Report of the Municipal Commissioner on the plague in Bombay for the year ending 31st May... - Volume 3
Disease focus: Plague
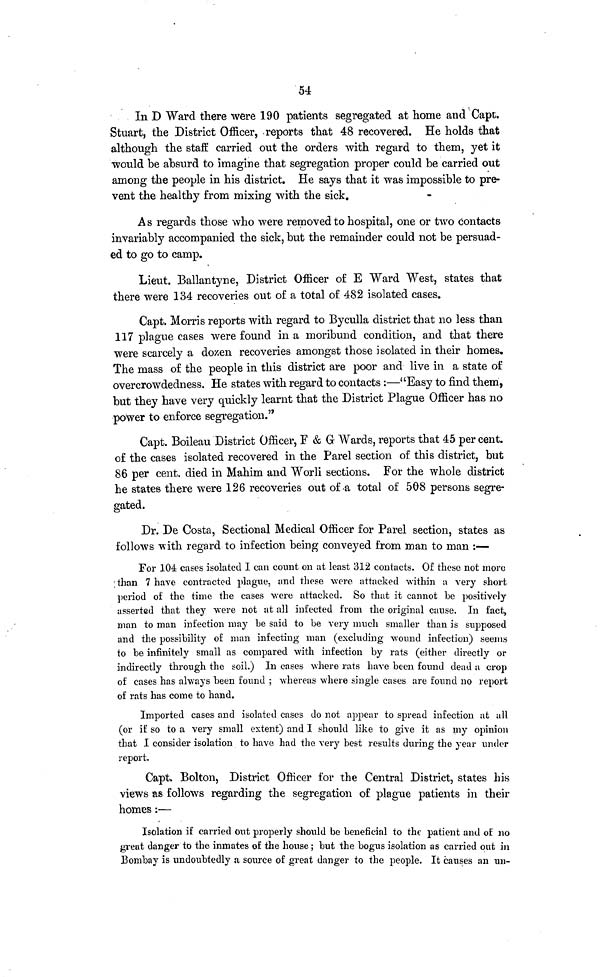
54
In D Ward there were 190 patients segregated at home and Capt.
Stuart, the District Officer, reports that 48 recovered. He holds that
although the staff carried out the orders with regard to them, yet it
would be absurd to imagine that segregation proper could be carried out
among the people in his district. He says that it was impossible to pre-
vent the healthy from mixing with the sick.
As regards those who were removed to hospital, one or two contacts
invariably accompanied the sick, but the remainder could not be persuad-
ed to go to camp.
Lieut. Ballantyne, District Officer of E Ward West, states that
there were 134 recoveries out of a total of 482 isolated cases.
Capt, Morris reports with regard to Byculla district that no less than
117 plague cases were found in a moribund condition, and that there
were scarcely a dozen recoveries amongst those isolated in their homes.
The mass of the people in this district are poor and live in a state of
overcrowdedness. He states with regard to contacts :—"Easy to find them,
but they have very quickly learnt that the District Plague Officer has no
power to enforce segregation."
Capt. Boileau District Officer, F & G Wards, reports that 45 per cent.
of the cases isolated recovered in the Parel section of this district, but
86 per cent. died in Mahim and Worli sections. For the whole district
he states there were 126 recoveries out of a total of 508 persons segre-
gated.
Dr. De Costa, Sectional Medical Officer for Parel section, states as
follows with regard to infection being conveyed from man to man :—
For 104 cases isolated I can count on at least 312 contacts. Of these not more
than 7 have contracted plague, and these were attacked within a very short
period of: the time the cases were attacked. So that it cannot be positively
asserted that they were not at all infected from the original cause. In fact,
man to man infection may he said to be very much smaller than is supposed
and the possibility of man infecting man (excluding wound infection) seems
to be infinitely small as compared with infection by rats (either directly or
indirectly through the soil.) In cases where rats have been found dead a crop
of cases has always been found ; whereas where single cases are found no report
of rats has come to hand.
Imported cases and isolated cases do not appear to spread infection at all
(or if so to a very small extent) and I should like to give it as my opinion
that I consider isolation to have had the very best results during the year under
report.
Capt. Bolton, District Officer for the Central District, states his
views as follows regarding the segregation of plague patients in their
homes :—
Isolation if carried out properly should be beneficial to the patient and of no
great danger to the inmates of the house ; but the bogus isolation as carried out in
Bombay is undoubtedly a source of great danger to the people. It causes an un-